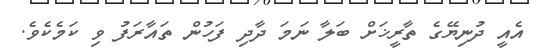
އެއީ ދުނިޔޭގެ ތާރީޚަށް ބަލާ ނަމަ ދާދި ފަހުން ތައާރަފު ވި ކަމެކެވެ.